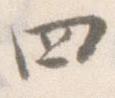
四